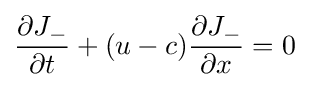
{\frac {\partial J_{-}}{\partial t}}+(u-c){\frac {\partial J_{-}}{\partial x}}=0